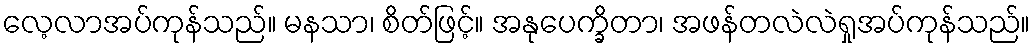
လေ့လာအပ်ကုန်သည်။ မနသာ၊ စိတ်ဖြင့်။ အနုပေက္ခိတာ၊ အဖန်တလဲလဲရှုအပ်ကုန်သည်။